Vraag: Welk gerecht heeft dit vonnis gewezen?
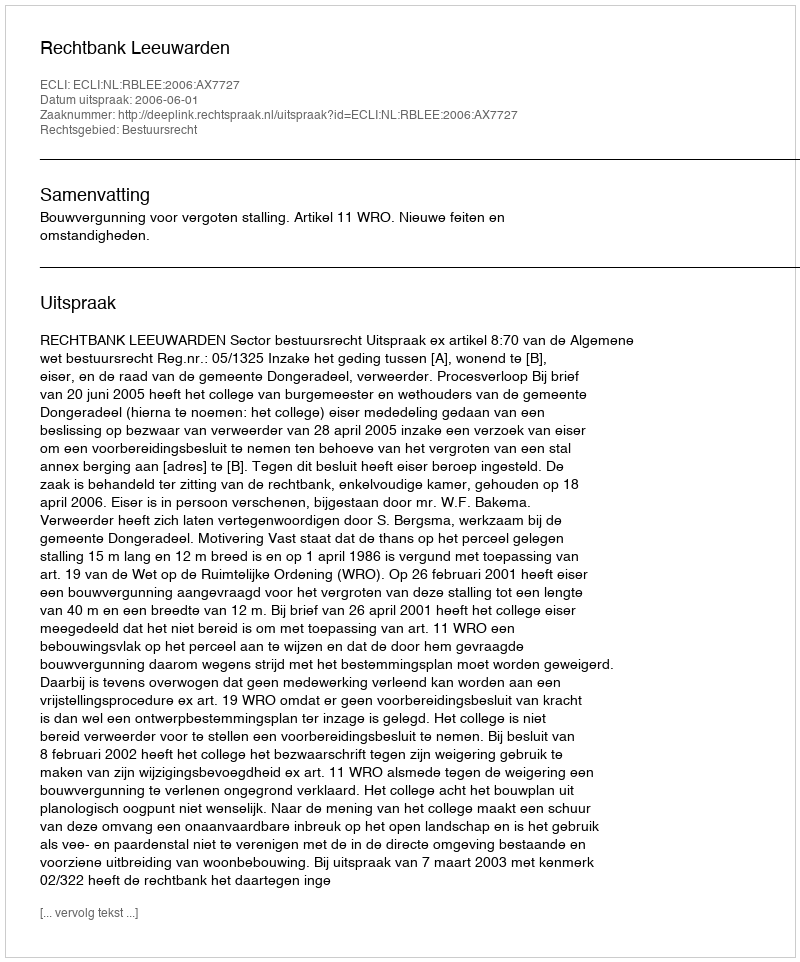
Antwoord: Rechtbank Leeuwarden